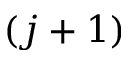
( j + 1 )